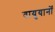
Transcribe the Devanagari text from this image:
वायुयानोँ